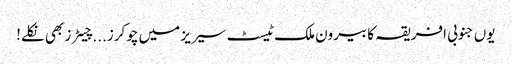
یوں جنوبی افریقہ کا بیرون ملک ٹیسٹ سیریز میں چوکرز...چیٹرز بھی نکلے!